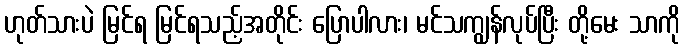
ဟုတ်သားပဲ မြင်ရ မြင်ရသည့်အတိုင်း ပြောပါလား၊ မင်သကျွန်လုပ်ပြီး တို့မေး သာကို